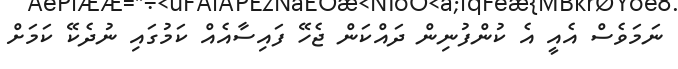
ނަމަވެސް އެއީ އެ ކުންފުނިން ދައްކަން ޖެހޭ ފައިސާއެއް ކަމުގައި ނުދެކޭ ކަމަށް